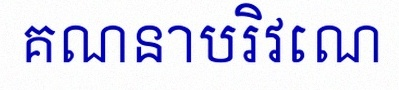
គណនាបរិវេណ